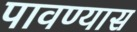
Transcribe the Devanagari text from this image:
पावण्यास